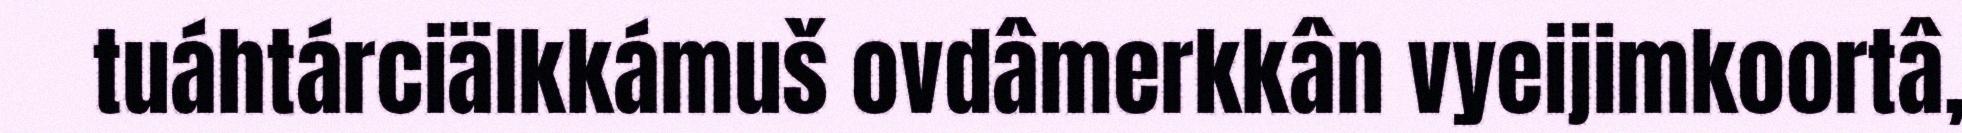
tuáhtárciälkkámuš ovdâmerkkân vyeijimkoortâ,